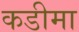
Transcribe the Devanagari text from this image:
कडीमा